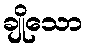
ချိုသော